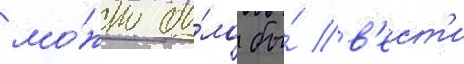
мо́жно бы́ло бы́ в'ест'и